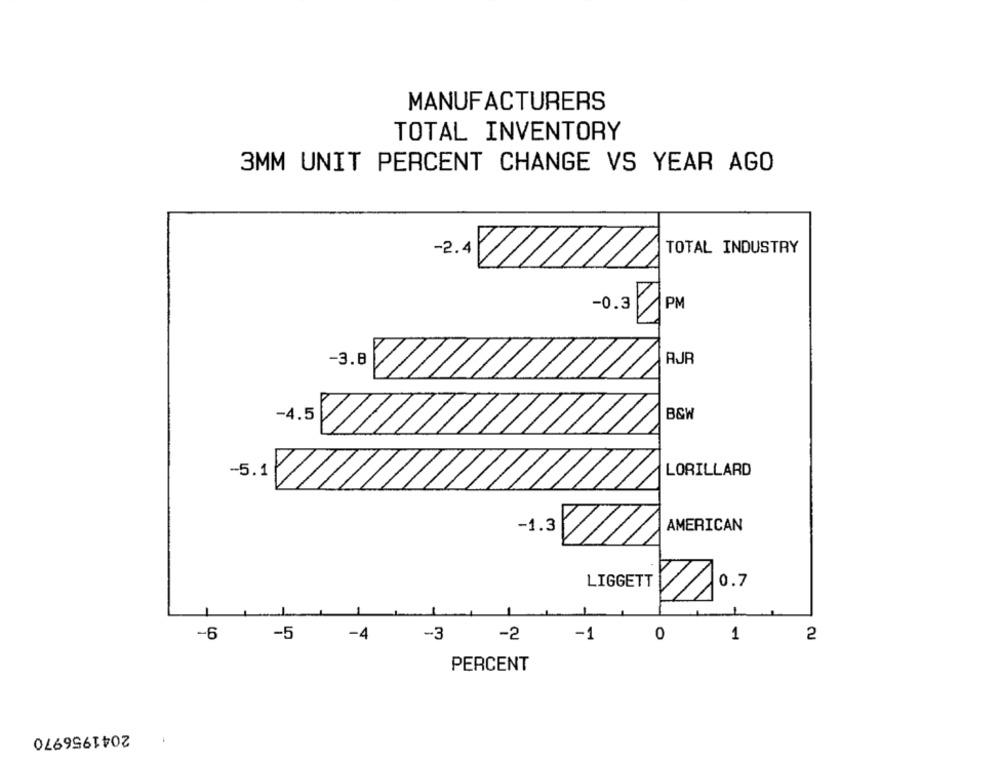
MANUFACTURERS
TOTAL INVENTORY
3MM UNIT PERCENT CHANGE VS YEAR AGO
TOTAL INDUSTRY
2.4%
-0.3
PM
-3.8
AJR
-4.5
B&W
LORILLARD
-5.1
AMERICAN
-1.3
LIGGETT
0.7
-6
-5
-4
-3
-2
-1
0
1
2
PERCENT
2041956970